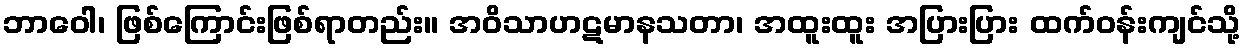
ဘာဝေါ၊ ဖြစ်ကြောင်းဖြစ်ရာတည်း။ အဝိသာဟဋမာနသတာ၊ အထူးထူး အပြားပြား ထက်ဝန်းကျင်သို့